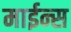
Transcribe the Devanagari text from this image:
माईन्स